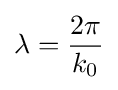
\lambda ={\frac {2\pi }{k_{0}}}